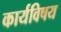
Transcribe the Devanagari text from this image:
कार्यविषय